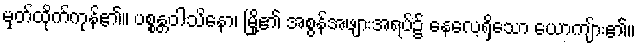
မှတ်ထိုက်ကုန်၏။ ပစ္စန္တဝါသိနော၊ မြို့၏ အစွန်အဖျားအရပ်၌ နေလေ့ရှိသော ယောကျ်ား၏။